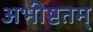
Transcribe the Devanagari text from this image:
अभीष्टतम्